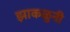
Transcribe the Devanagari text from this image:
झाकळुनी